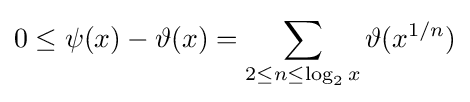
0\leq \psi (x)-\vartheta (x)=\sum _{2\leq n\leq \log _{2}x}\vartheta (x^{1/n})